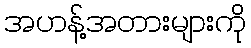
အဟန့်အတားများကို